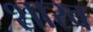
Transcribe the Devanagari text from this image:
शारब